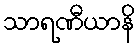
သာရဏီယာနိ